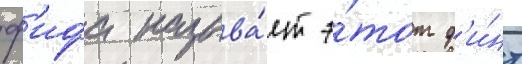
ф'ифа называ́ет э́тот ф'и́нт